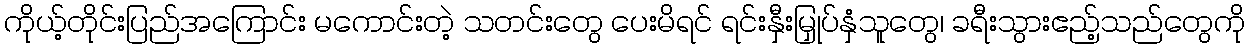
ကိုယ့်တိုင်းပြည်အကြောင်း မကောင်းတဲ့ သတင်းတွေ ပေးမိရင် ရင်းနှီးမြှုပ်နှံသူတွေ၊ ခရီးသွားဧည့်သည်တွေကို